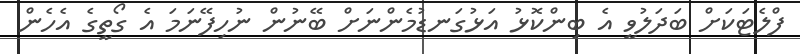
ފްލެޓަކަށް ބަދަލުވީ އެ ބިންކޮޅު އަޅުގަނޑުމެންނަށް ބޭނުން ނުހިފޭނަމަ އެ ގޯތީގެ އެހެން